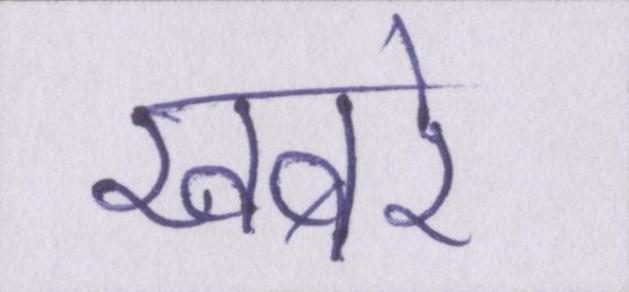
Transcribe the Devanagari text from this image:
खबरे